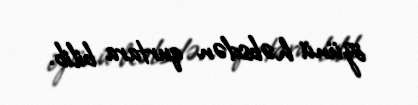
özünü həbsdən qurtara bilib.